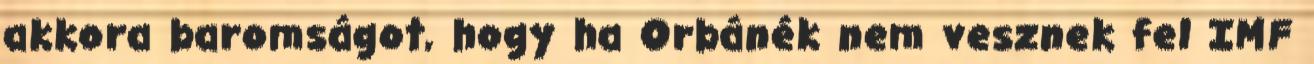
akkora baromságot, hogy ha Orbánék nem vesznek fel IMF